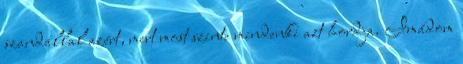
szandállal azért, mert most szinte mindenki azt hordja. Imádom